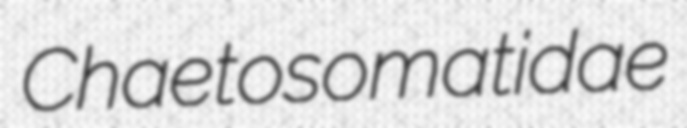
Chaetosomatidae